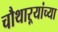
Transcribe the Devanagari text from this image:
चौथाऱ्यांच्या